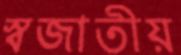
স্বজাতীয়